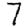
Digit: 7